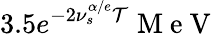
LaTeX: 3.5e^{-2\nu_{s}^{\alpha/e}\mathcal{T}}\mathrm{~M~e~V~}